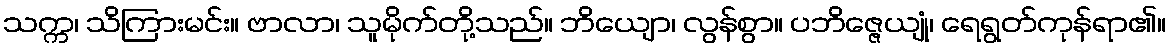
သက္က၊ သိကြားမင်း။ ဗာလာ၊ သူမိုက်တို့သည်။ ဘိယျော၊ လွန်စွာ။ ပဘိဇ္ဇေယျုံ၊ ရေရွတ်ကုန်ရာ၏။